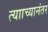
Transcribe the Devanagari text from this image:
त्यााच्यानंतर